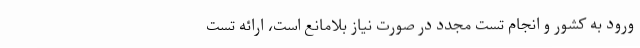
ورود به کشور و انجام تست مجدد در صورت نیاز بلامانع است، ارائه تست